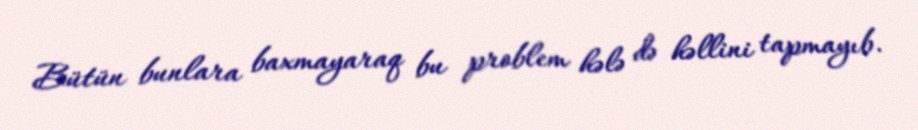
Bütün bunlara baxmayaraq bu problem hələ də həllini tapmayıb.